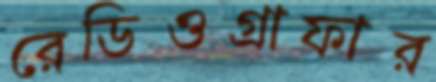
রেডিওগ্রাফার